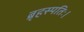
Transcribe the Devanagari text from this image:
ब्रृहस्पतिः।